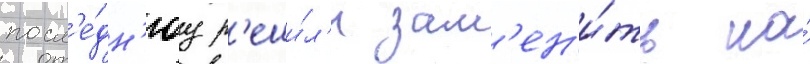
посл'е́дн'юу р'еши́л'и зам'ен'и́ть на́